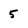
Character: 5